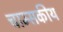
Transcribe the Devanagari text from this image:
चाम्सकीय